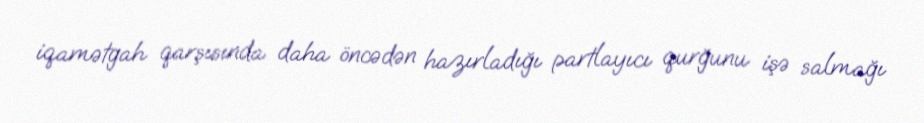
iqamətgah qarşısında daha öncədən hazırladığı partlayıcı qurğunu işə salmağı